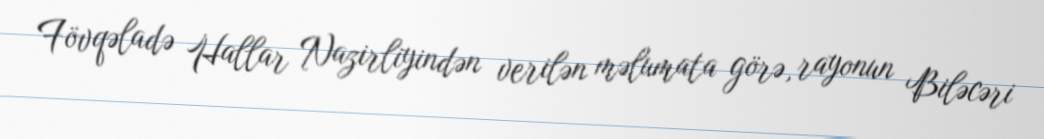
Fövqəladə Hallar Nazirliyindən verilən məlumata görə, rayonun Biləcəri